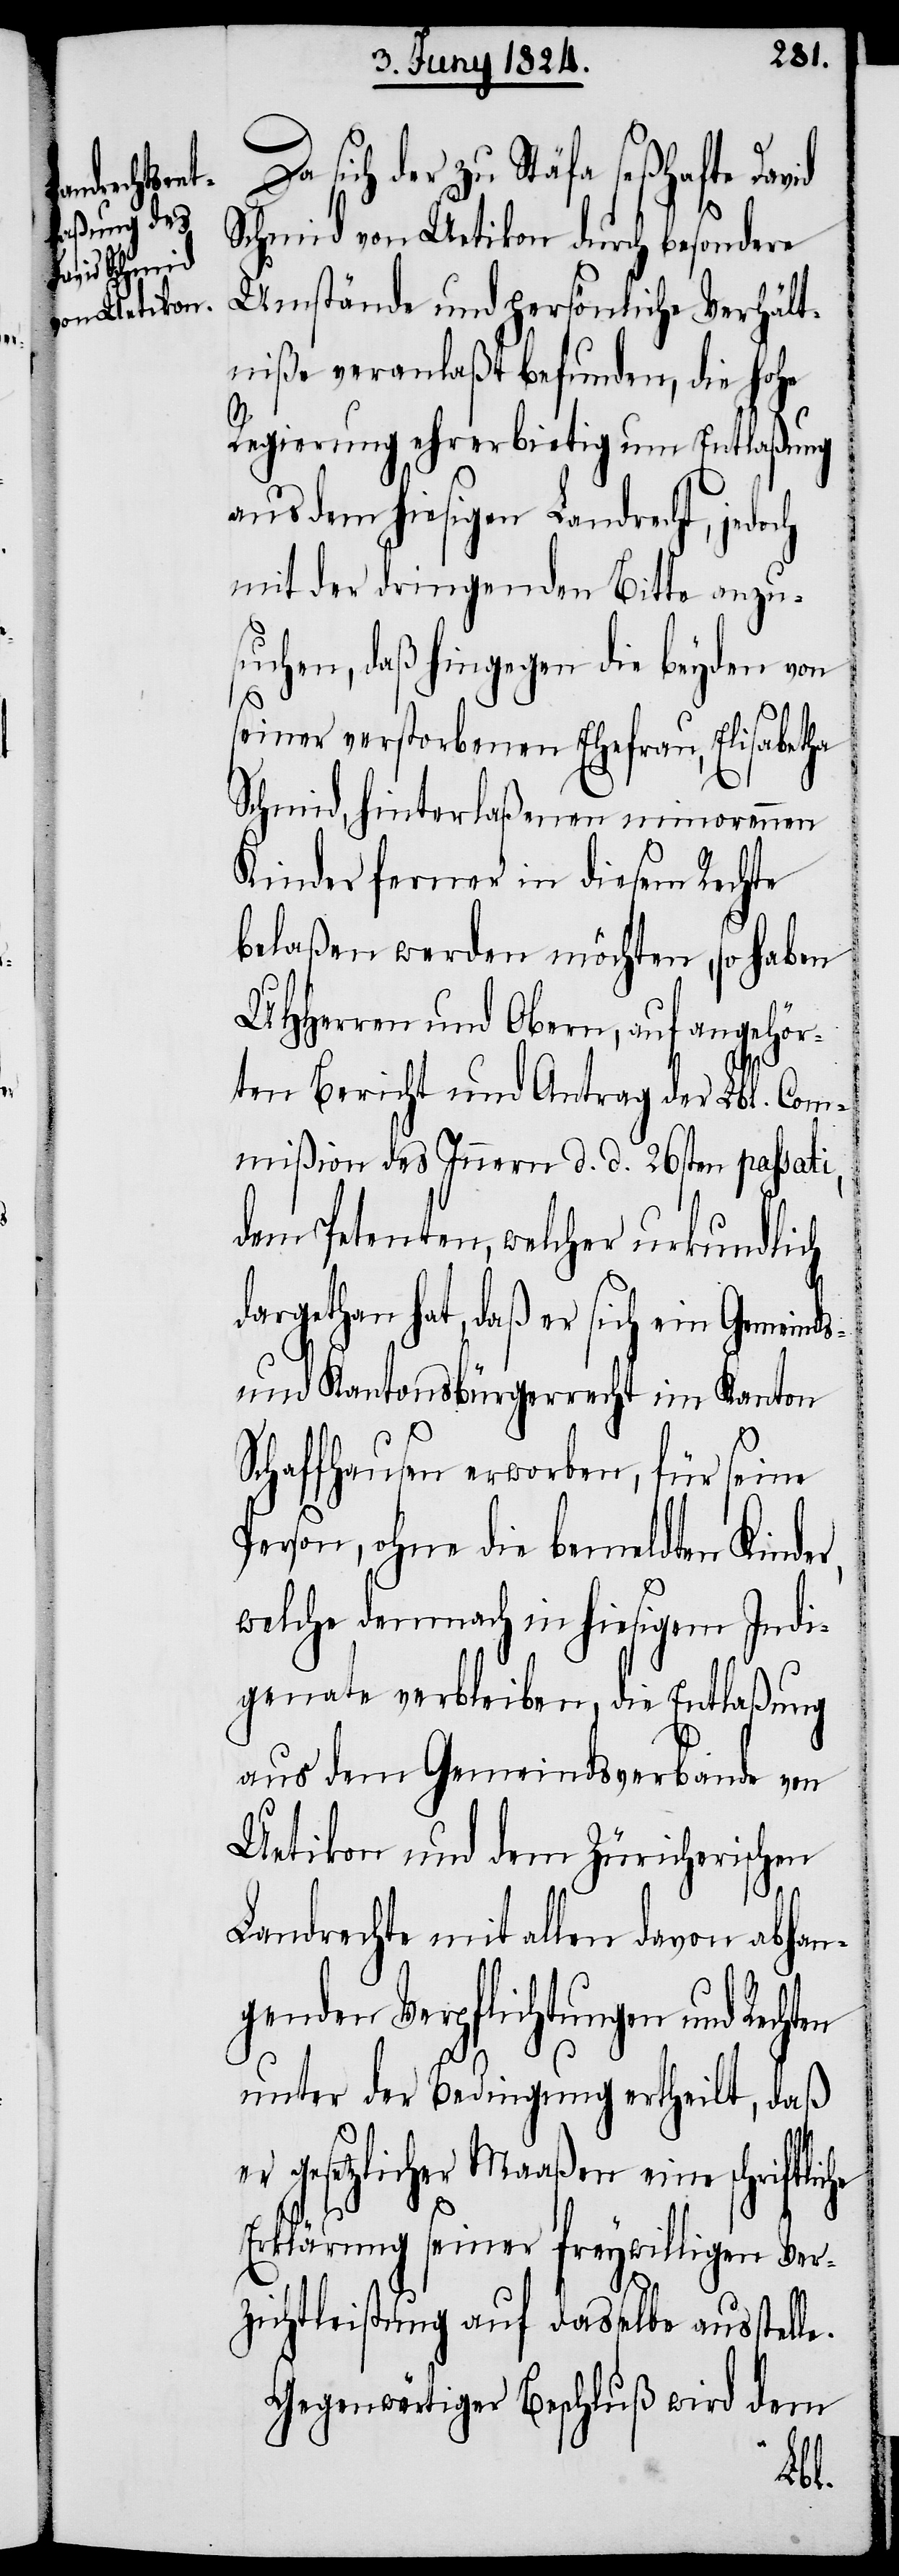
sich der zu Stäfa seßhafte
Schmid von Uetikon durch besondere
Umstände und persönliche Verhält¬
niße veranlaßt befunden, die hohe
Regierung ehrerbietig um Entlaßung
aus dem hiesigen Landrecht, jedo¬
mit der dringenden Bitte anzu¬
suchen, daß hingegen die beyden von
seiner verstorbenen Ehefrau, Elisabetha
Schmid hinterlaßenen minorennen
Kinder ferner in diesem Rechte
belaßen werden möchten, so haben
UHHerren und Obern, auf angehör¬
ten Bericht und Antrag der Lbl. Com¬
mißion des Innern d. d. 26sten passati,
dem Petenten, welcher urkundlich
dargethan hat, daß er sich ein Gemeinds-
und Kantonsbürgerrecht im Kanton
Schaffhausen erworben, für seine
Person, ohne die bemeldten Kinde¬
che
welche demnach in hiesigem Indi¬
genate verbleiben, die Entlaßung
aus dem Gemeindsverbande von
Uetikon und dem Zürcherischen
Landrechte mit allen davon abhan¬
genden Verpflichtungen und Recht¬
unter der Bedingung ertheilt, daß
gesetzlicher Maaßen eine schriftli¬
Erklärung seiner freywilligen Ver¬
zichtleistung auf dasselbe ausstelle.
Gegenwärtiger Beschluß wird dem